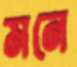
মনে